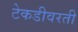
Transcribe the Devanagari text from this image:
टेकडीवरती